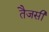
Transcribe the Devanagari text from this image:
तैजसी